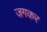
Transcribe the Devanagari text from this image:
जगकर